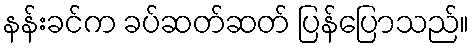
နန်းခင်က ခပ်ဆတ်ဆတ် ပြန်ပြောသည်။